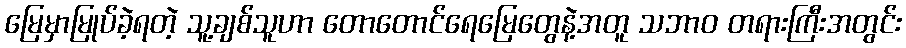
မြေမှာမြုပ်ခဲ့ရတဲ့ သူ့ချစ်သူဟာ တောတောင်ရေမြေတွေနဲ့အတူ သဘာဝ တရားကြီးအတွင်း